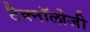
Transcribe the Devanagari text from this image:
टैक्नॉलोजी